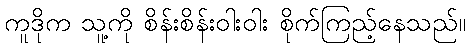
ကူဒိုက သူ့ကို စိန်းစိန်းဝါးဝါး စိုက်ကြည့်နေသည်။